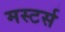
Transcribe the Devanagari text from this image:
मस्टर्स